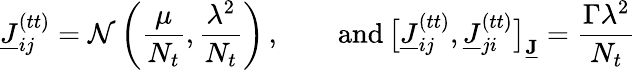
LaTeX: \underline{{J}}_{ij}^{(tt)}=\mathcal{N}\left(\frac{\mu}{N_{t}},\frac{\lambda^{2}}{N_{t}}\right)\, ,\qquad\mathrm{and}\, \big[\underline{{J}}_{ij}^{(tt)},\underline{{J}}_{ji}^{(tt)}\big]_{\underline{{\mathbf{J}}}}=\frac{\Gamma\lambda^{2}}{N_{t}}